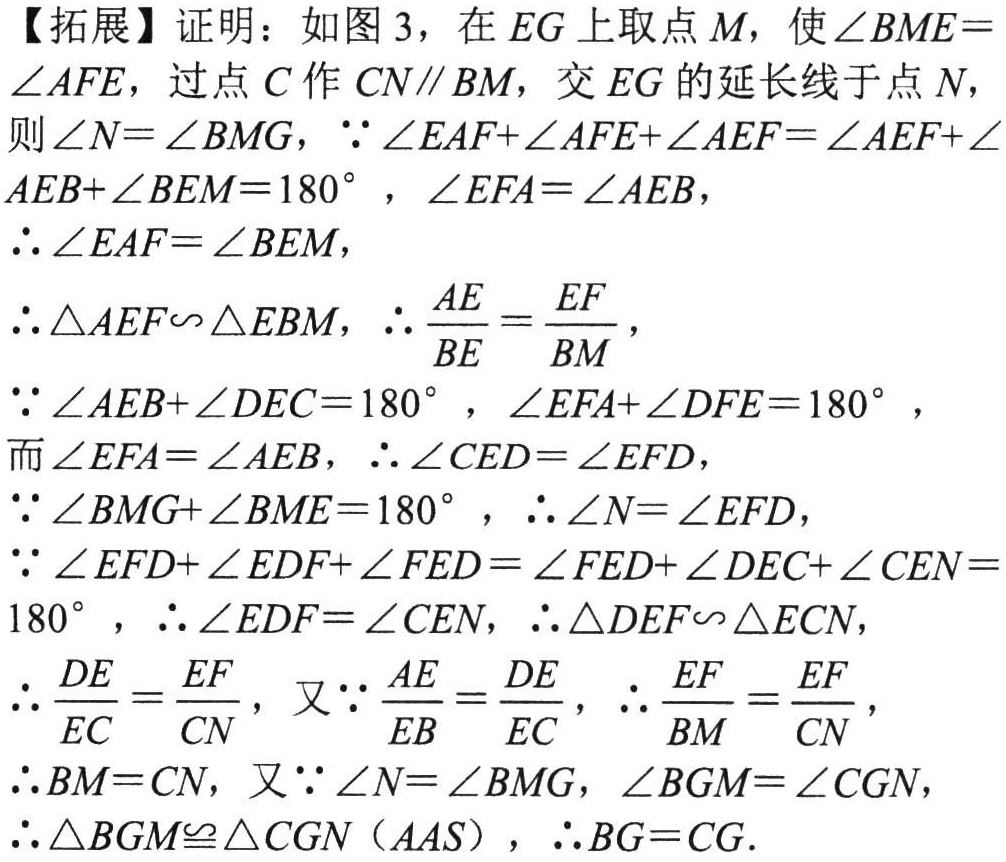
【拓展】证明：如图 3，在 \(EG\) 上取点 \(M\)，使 \(\angle BME = \angle AFE\)，过点 \(C\) 作 \(CN\parallel BM\)，交 \(EG\) 的延长线于点 \(N\)，则 \(\angle N=\angle BMG\)，\(\because \angle EAF+\angle AFE+\angle AEF=\angle AEF+\angle AEB+\angle BEM = 180^{\circ}\)，\(\angle EFA=\angle AEB\)，

\(\therefore \angle EAF=\angle BEM\)，

\(\therefore \triangle AEF\sim\triangle EBM\)，\(\therefore \frac{AE}{BE}=\frac{EF}{BM}\)，

\(\because \angle AEB+\angle DEC = 180^{\circ}\)，\(\angle EFA+\angle DFE = 180^{\circ}\)，

而 \(\angle EFA=\angle AEB\)，\(\therefore \angle CED=\angle EFD\)，

\(\because \angle BMG+\angle BME = 180^{\circ}\)，\(\therefore \angle N=\angle EFD\)，

\(\because \angle EFD+\angle EDF+\angle FED=\angle FED+\angle DEC+\angle CEN = 180^{\circ}\)，\(\therefore \angle EDF=\angle CEN\)，\(\therefore \triangle DEF\sim\triangle ECN\)，

\(\therefore \frac{DE}{EC}=\frac{EF}{CN}\)，又 \(\because \frac{AE}{EB}=\frac{DE}{EC}\)，\(\therefore \frac{EF}{BM}=\frac{EF}{CN}\)，

\(\therefore BM = CN\)，又 \(\because \angle N=\angle BMG\)，\(\angle BGM=\angle CGN\)，

\(\therefore \triangle BGM\cong\triangle CGN\ (AAS)\)，\(\therefore BG = CG\)．